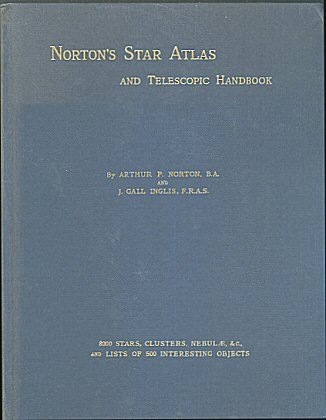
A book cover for Norton's Star Atlas and Telescopic Handbook; Covering the whole Star Sphere, and showing over 9000 Stars, Nebulae, and Clusters; with Descriptive Lists of Objects mostly suitable for Small Telescopes; Notes on Planets, Star Nomenclature, etc.; Arthur P. Norton; Science & Math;